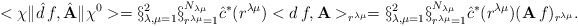
\begin{align*}<\chi\|\hat{d}\,f,\hat{\bf A} \|\chi^{0}>=\S_{\lambda,\mu=1}^{2}\S_{r^{\lambda\mu}=1}^{N_{\lambda\mu}} \hat{c}^{*}(r^{\lambda\mu})<d\,f,{\bf A}>_{r^{\lambda\mu}}=\S_{\lambda,\mu=1}^{2}\S_{r^{\lambda\mu}=1}^{N_{\lambda\mu}} \hat{c}^{*}(r^{\lambda\mu})({\bf A}\,f)_{r^{\lambda\mu}}.\end{align*}